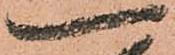
一